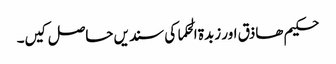
حکیم ھاذق اور زبدۃ الحکما کی سندیں حاصل کیں۔